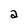
Character: a